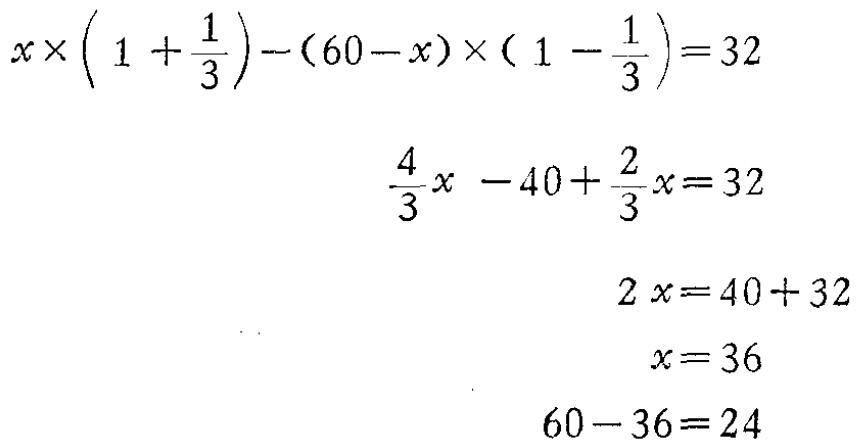
\[

\begin{align*}

x\times\left(1 + \frac{1}{3}\right)-(60 - x)\times\left(1 - \frac{1}{3}\right)&=32\\

\frac{4}{3}x - 40+\frac{2}{3}x&=32\\

2x&=40 + 32\\

x&=36\\

60-36&=24

\end{align*}

\]